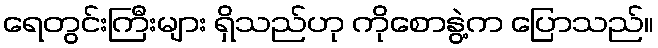
ရေတွင်းကြီးများ ရှိသည်ဟု ကိုစောနွဲ့က ပြောသည်။